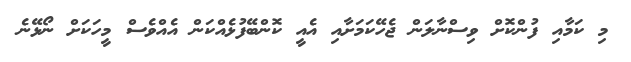
މި ކަމާއި ފުންކޮށް ވިސްނާލަން ޖެހޭކަމަށާއި އެއީ ކޮންބޭފުޅެއްކަން އެއްވެސް މީހަކަށް ނޯޅޭނެ